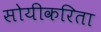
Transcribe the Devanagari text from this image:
सोयीकरिता